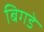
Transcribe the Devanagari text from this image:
बिगडे